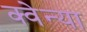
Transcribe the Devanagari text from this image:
क्वेन्या